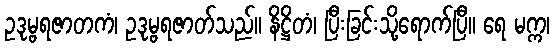
ဥဒုမ္ဗရဇာတကံ၊ ဥဒုမ္ဗရဇာတ်သည်။ နိဋ္ဌိတံ၊ ပြီးခြင်းသို့ရောက်ပြီ။ ရေ မက္က၊